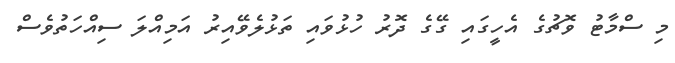
މި ސްމާޓު ވޮޗުގެ އެހީގައި ގޭގެ ދޮރު ހުޅުވައި ތަޅުލެވޭއިރު އަމިއްލަ ސިއްހަތުވެސް